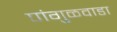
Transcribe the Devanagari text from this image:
पांगुळवाडा